Vital statistics of India. Vol. VI, European troops 1870-79
Year: 1870
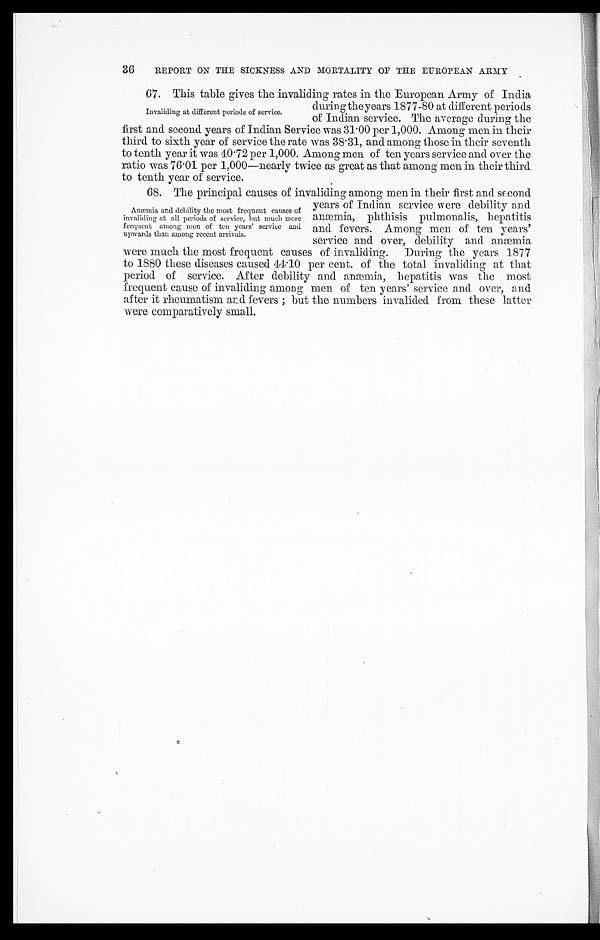
36
REPORT ON THE SICKNESS AND MORTALITY OF THE EUROPEAN ARMY
67. This table gives the invaliding rates in the European Army of India
Invaliding at different periods of service.
during the years 1877-80 at different periods
of Indian service. The average during the
first and second years of Indian Service was 31.00 per 1,000. Among men in their
third to sixth year of service the rate was 38.31, and among those in their seventh
to tenth year it was 40.72 per 1,000. Among men of ten years service and over the
ratio was 76.01 per 1,000—nearly twice as great as that among men in their third
to tenth year of service.
68. The principal causes of invaliding among men in their first and second
years of Indian. service were debility and
anæmia, phthisis pulmonalis, hepatitis
and fevers. Among men of ten years'
service and over, debility and anæmia
were much the most frequent causes of invaliding. During the years 1877
to 1880 these diseases caused 44.10 per cent. of the total invaliding at that
period of service. After debility and anæmia, hepatitis was the most
frequent cause of invaliding among men of ten years' service and over, and
after it rheumatism and fevers ; but the numbers invalided from these latter
were comparatively small.
Anæmia and debility the most frequent causes of
invaliding at all periods of service, but much more
frequent among men of ten years' service and
upwards than among recent arrivals.